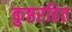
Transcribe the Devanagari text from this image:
कुष्ठरहित